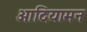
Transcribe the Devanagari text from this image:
आदियामन